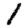
Digit: 1